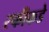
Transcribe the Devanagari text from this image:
रफीकडे